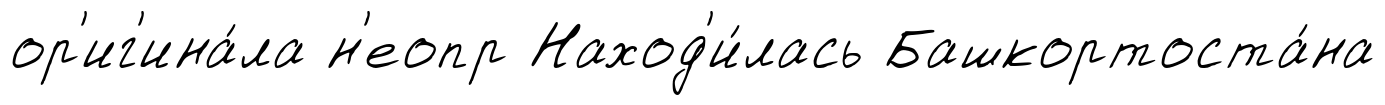
ор'иг'ина́ла н'еопр Наход'и́лась Башкортоста́на